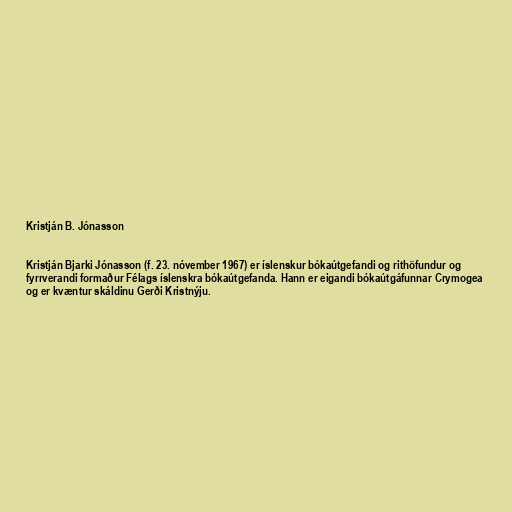
Kristján B. Jónasson

Kristján Bjarki Jónasson (f. 23. nóvember 1967) er íslenskur bókaútgefandi og rithöfundur og
fyrrverandi formaður Félags íslenskra bókaútgefanda. Hann er eigandi bókaútgáfunnar Crymogea
og er kvæntur skáldinu Gerði Kristnýju.